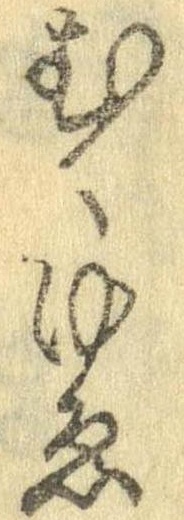
むくゆゑ